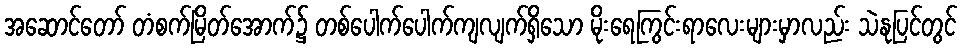
အဆောင်တော် တံစက်မြိတ်အောက်၌ တစ်ပေါက်ပေါက်ကျလျက်ရှိသော မိုးရေကြွင်းရာလေးများမှာလည်း သဲနုပြင်တွင်